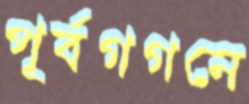
পূর্বগগনে